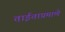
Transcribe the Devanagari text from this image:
ताईताप्रमाणे